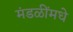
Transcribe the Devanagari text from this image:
मंडळींमधे